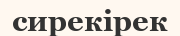
сирекірек